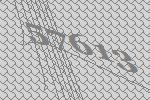
57613